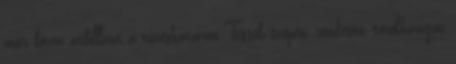
már bőven átbillent a tűréshatáron Tessék szépen, rendesen, torokhangon